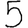
Digit: 5